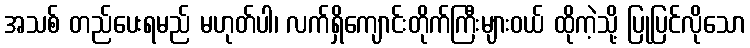
အသစ် တည်ပေးရမည် မဟုတ်ပါ၊ လက်ရှိကျောင်းတိုက်ကြီးများဝယ် ထိုကဲ့သို့ ပြုပြင်လိုသော